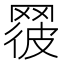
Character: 𦋕